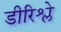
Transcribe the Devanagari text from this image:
डीरिश्ले